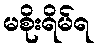
မစိုးရိမ်ရ